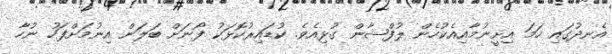
އެނދުގައި ހަމަ އިށީނުމާއިއެކުހެން ލުފްޝާން ގުޅިއެވެ. ކުޑައިރުކޮޅަކު ފޯނަށް ބަލަން އިނުމަށްފަހު ނުހާ